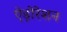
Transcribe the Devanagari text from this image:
ऐड़ोरेशन